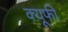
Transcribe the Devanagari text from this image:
क्यूफी